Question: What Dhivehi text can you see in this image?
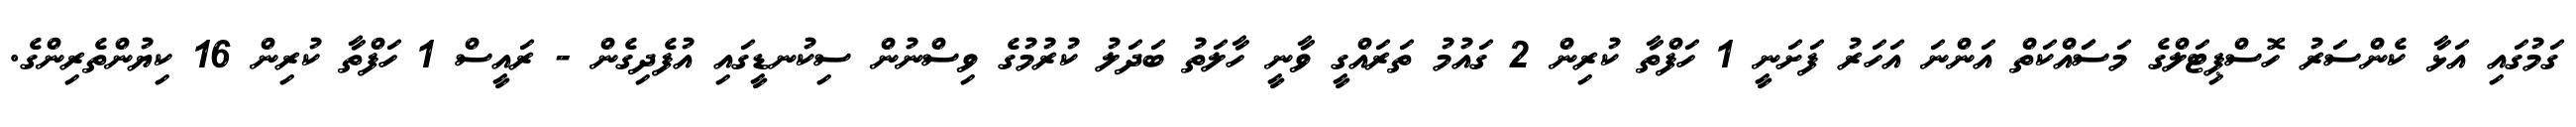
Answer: ގަމުގައި އަޅާ ކެންސަރު ހޮސްޕިޓަލްގެ މަސަައްކަތް އަންނަ އަހަރު ފަށަނީ 1 ހަފްތާ ކުރިން 2 ގައުމު ތަރައްގީ ވާނީ ހާލަތު ބަދަލު ކުރުމުގެ ވިސްނުން ސިކުނޑީގައި އުފެދިގެން - ރައީސް 1 ހަފްތާ ކުރިން 16 ކިޔުންތެރިންގެ.